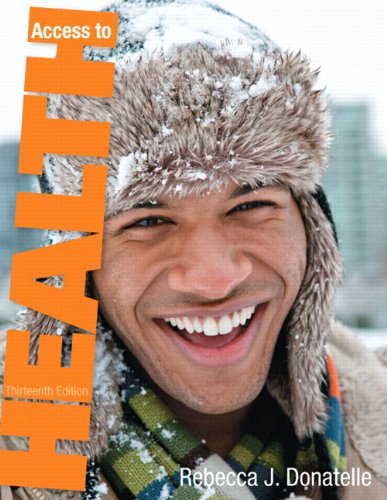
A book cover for Access to Health (13th Edition); Rebecca J. Donatelle; Health, Fitness & Dieting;